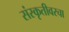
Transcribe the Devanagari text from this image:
संस्कृतीवरचा